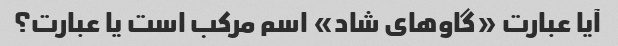
آیا عبارت «گاوهای شاد» اسم مرکب است یا عبارت؟